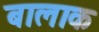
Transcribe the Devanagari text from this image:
बालाक